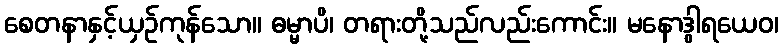
စေတနာနှင့်ယှဉ်ကုန်သော။ ဓမ္မာပိ၊ တရားတို့သည်လည်းကောင်း။ မနောဒွါရယေဝ၊